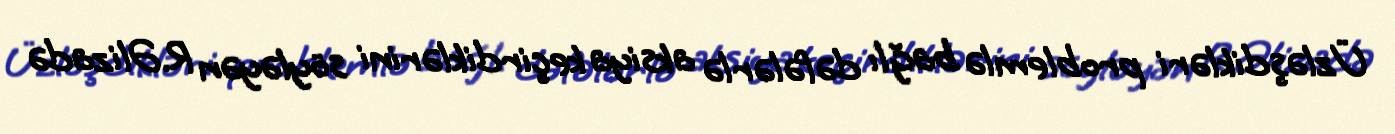
Üzləşdikləri problemlə bağlı dəfələrlə aksiya keçirdiklərini söyləyən R.Əlizadə